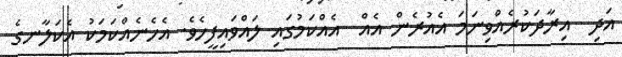
އަދި  އިރާދަކުރެއްވިނަމަ އެއުރެން އެއް  އެއްކަމުގައި ލައްވައިފީހެވެ. އެހެނެއްކަމަކު އެކަލާނގެ